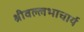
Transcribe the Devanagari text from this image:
श्रीवल्‍लभाचार्य